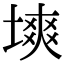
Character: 塽